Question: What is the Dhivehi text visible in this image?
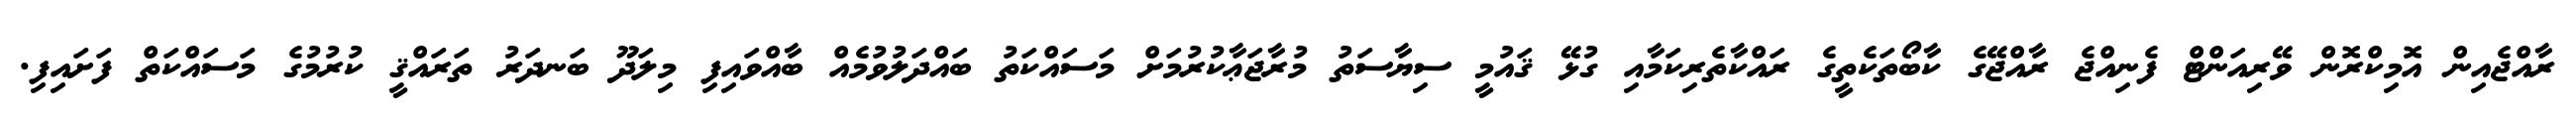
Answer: ރާއްޖެއިން އޮމިކްރޮން ވޭރިއަންޓް ފެނިއްޖެ ރާއްޖޭގެ ކާބޯތަކެތީގެ ރައްކާތެރިކަމާއި ގުޅޭ ޤައުމީ ސިޔާސަތު މުރާޖަޢާކުރުމަށް މަސައްކަތު ބައްދަލުވުމެއް ބާއްވައިފި މިލަދޫ ބަނދަރު ތަރައްޤީ ކުރުމުގެ މަސައްކަތް ފަށައިފި.